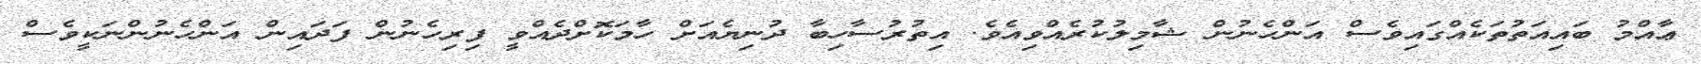
ޢާއްމު ބައިއަތުތަކެއްގައިވެސް އަންހެނުން ޝާމިލުކުރެއްވިއެވެ. އިތުރުސާހިބާ ދުނިޔެއަށް ހާމަކޮށްދެއްވީ ފިރިހެނުން ފަދައިން އަންހެނުންނަކީވެސް